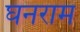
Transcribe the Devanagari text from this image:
घनराम